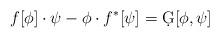
LaTeX: \begin{align*}f[\phi]\cdot \psi - \phi\cdot f^*[\psi]= \d G[\phi,\psi]\end{align*}